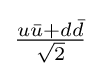
{\textstyle {\frac {u{\bar {u}}+d{\bar {d}}}{\sqrt {2}}}}